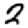
Digit: 2